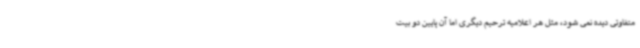
متفاوتی دیده نمی شود، مثل هر اعلامیه ترحیم دیگری اما آن پایین دو بیت